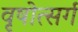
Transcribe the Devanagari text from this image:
वृषोत्सर्ग